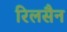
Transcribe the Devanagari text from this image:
रिलसैन